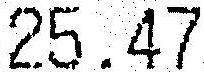
25.47